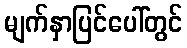
မျက်နှာပြင်ပေါ်တွင်